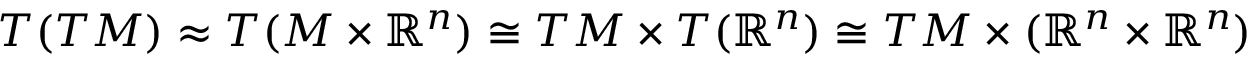
T ( T M ) \approx T ( M \times \mathbb { R } ^ { n } ) \cong T M \times T ( \mathbb { R } ^ { n } ) \cong T M \times ( \mathbb { R } ^ { n } \times \mathbb { R } ^ { n } )